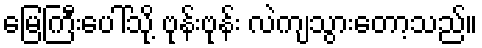
မြေကြီးပေါ်သို့ ဗုန်းဗုန်း လဲကျသွားတော့သည်။